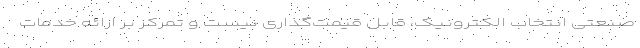
صنعتی انتخاب الکترونیک، قابل قیمت‌گذاری نیست و تمرکز بر ارائه خدمات